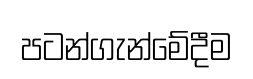
පටන්ගැන්මේදීම